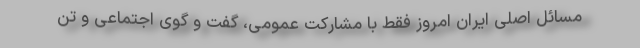
مسائل اصلی ایران امروز فقط با مشارکت عمومی، گفت و گوی اجتماعی و تن